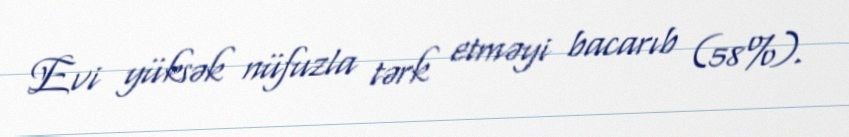
Evi yüksək nüfuzla tərk etməyi bacarıb (58%).